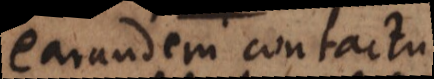
earundem contactu.